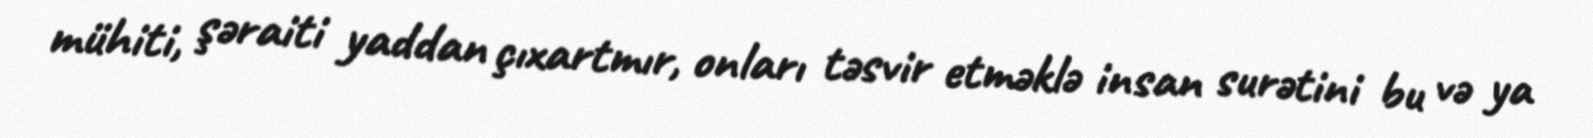
mühiti, şəraiti yaddan çıxartmır, onları təsvir etməklə insan surətini bu və ya